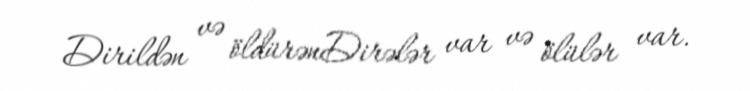
Dirildən və öldürənDirələr var və ölülər var.